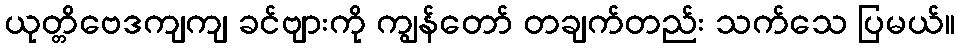
ယုတ္တိဗေဒကျကျ ခင်ဗျားကို ကျွန်တော် တချက်တည်း သက်သေ ပြမယ်။